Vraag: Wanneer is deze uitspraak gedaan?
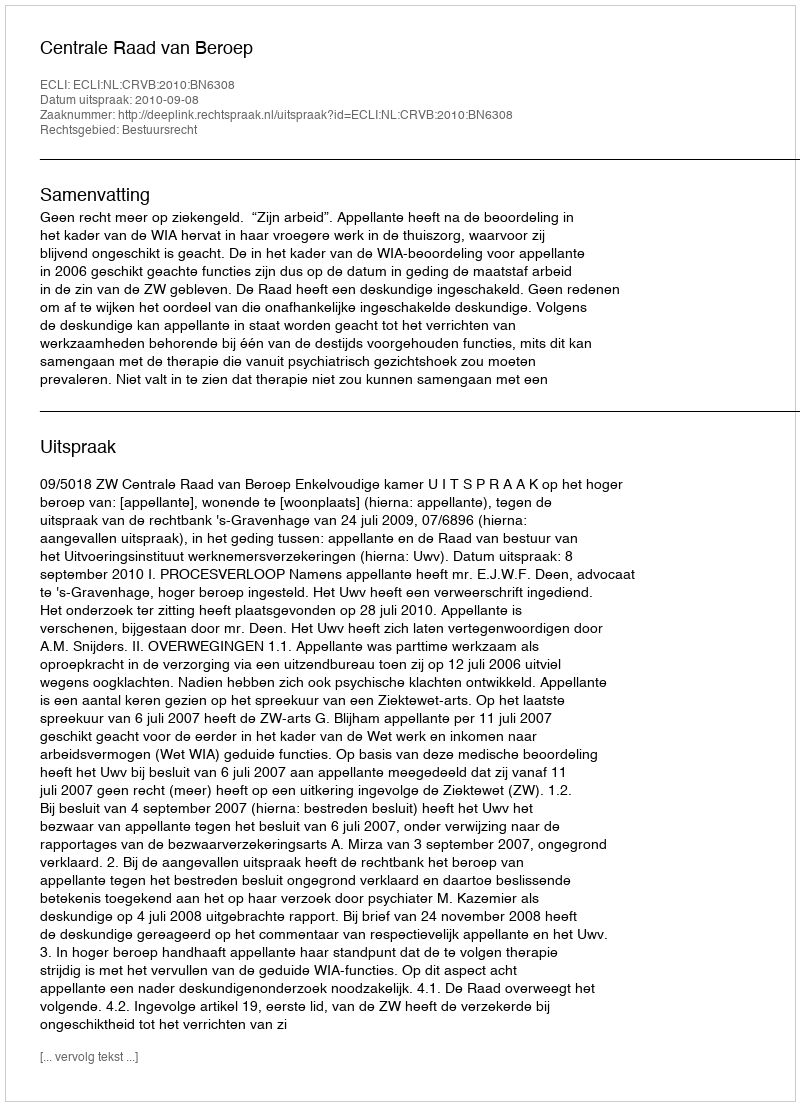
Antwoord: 2010-09-08